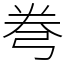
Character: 弮